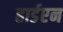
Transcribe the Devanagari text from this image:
हार्डएन